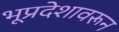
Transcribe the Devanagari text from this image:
भूप्रदेशावरून